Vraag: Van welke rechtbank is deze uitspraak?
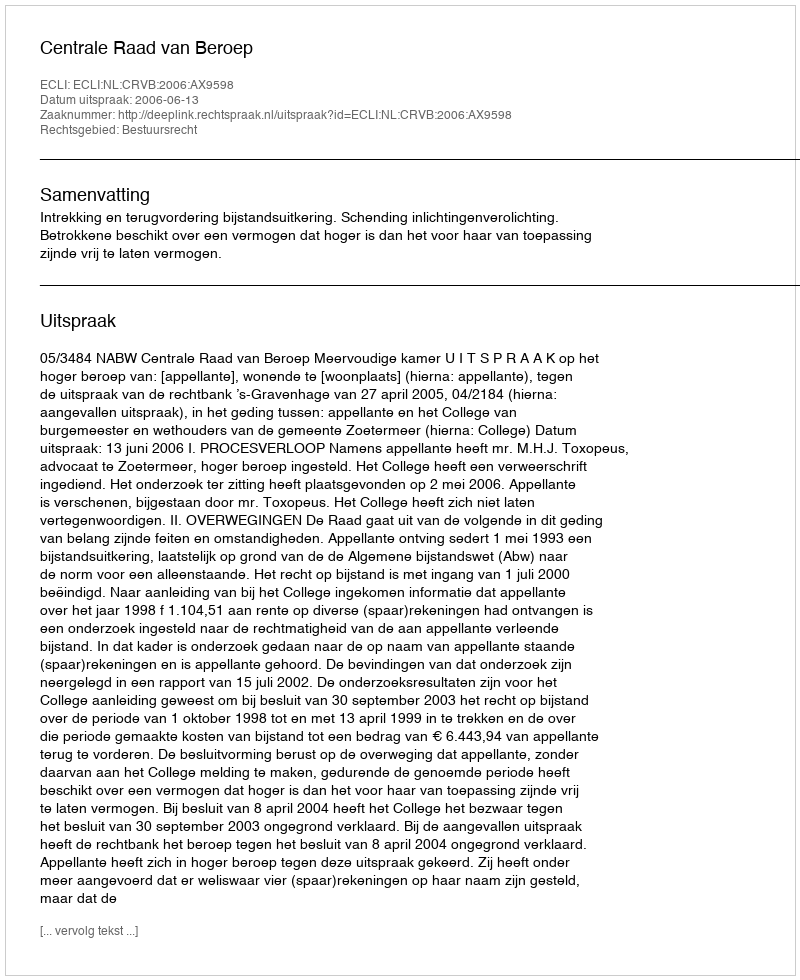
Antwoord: Centrale Raad van Beroep